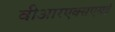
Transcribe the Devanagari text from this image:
वीआरएक्सएसई